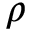
\rho